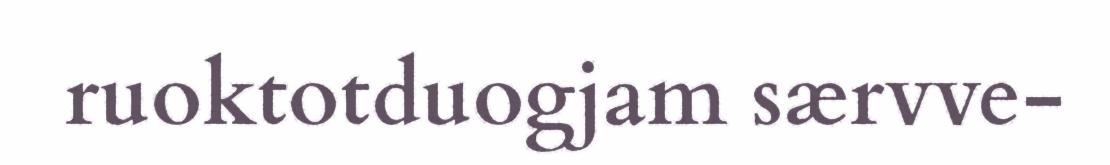
ruoktotduogjam særvve-